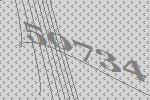
50734